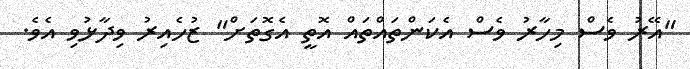
"އޭރު ވެސް މިހާރު ވެސް އެކަންތައްތައް އޮތީ އެގޮތަށް" ޒުހެއިރު ވިދާޅުވި އެވެ.